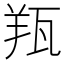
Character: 𦍭